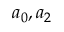
a _ { 0 } , a _ { 2 }